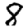
Digit: 8